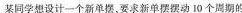
某同学想设计一个新单摆，要求新单摆摆动10个周期的